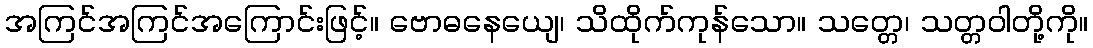
အကြင်အကြင်အကြောင်းဖြင့်။ ဗောဓနေယျေ၊ သိထိုက်ကုန်သော။ သတ္တေ၊ သတ္တဝါတို့ကို။